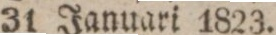
31 Januari 1823.